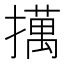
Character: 𢶯